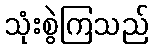
သုံးစွဲကြသည်